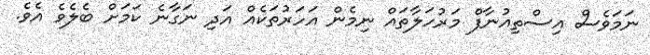
ނަމަވެސް އިސްތިއުނާފް މަރުހަލާތައް ނިމެން އަހަރުތަކެއް އަދި ނަގާނެ ކަމަށް ބެލެވެ އެވެ.